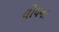
લોયના